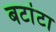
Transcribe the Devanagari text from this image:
बटांटा